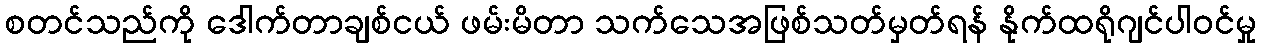
စတင်သည်ကို ဒေါက်တာချစ်ငယ် ဖမ်းမိတာ သက်သေအဖြစ်သတ်မှတ်ရန် နိုက်ထရိုဂျင်ပါဝင်မှု